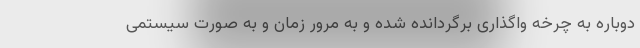
دوباره به چرخه واگذاری برگردانده شده و به مرور زمان و به صورت سیستمی